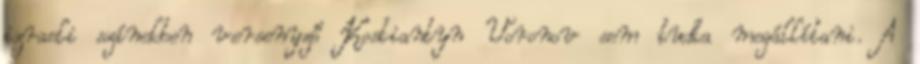
izraeli színekben versenyző Kostiantyn Voronov sem tudta megállítani. A